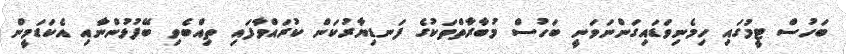
ބަހުސް ޓީމުގައި ހިމެނިވަޑައިގަންނަވަނީ ބަހުސް މުބާރާތްތަކުގެ ފަނޑިޔާރުކަން ކުރައްވާފައި ތިއްބެވި ބޭފުޅުންނާއި އެކަޑަމީން